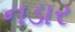
નડાર